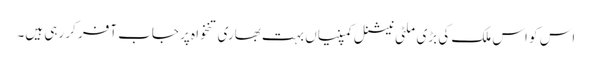
اس کو اس ملک کی بڑی ملٹی نیشنل کمپنیاں بہت بھاری تنخواہ پر جاب آفر کر رہی ہیں۔